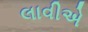
લાવીએ